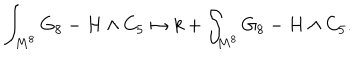
LaTeX: \int _ { M ^ { 8 } } G _ { 8 } - H \wedge C _ { 5 } \mapsto k + \int _ { M ^ { 8 } } G _ { 8 } - H \wedge C _ { 5 } .